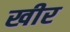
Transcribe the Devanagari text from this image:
खीर